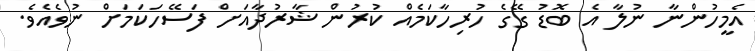
އެމީހުންނާ ނުލާ އެ ބޮޑު ގޭގެ ހުރިހާކަމެއް ކުރުން ޝާރުދާއަށް ފަސޭހަކަމަށް ނުވެއެވެ.